Vaccination in the Punjab 1883-1896 - 1883-1896
Year: 1883
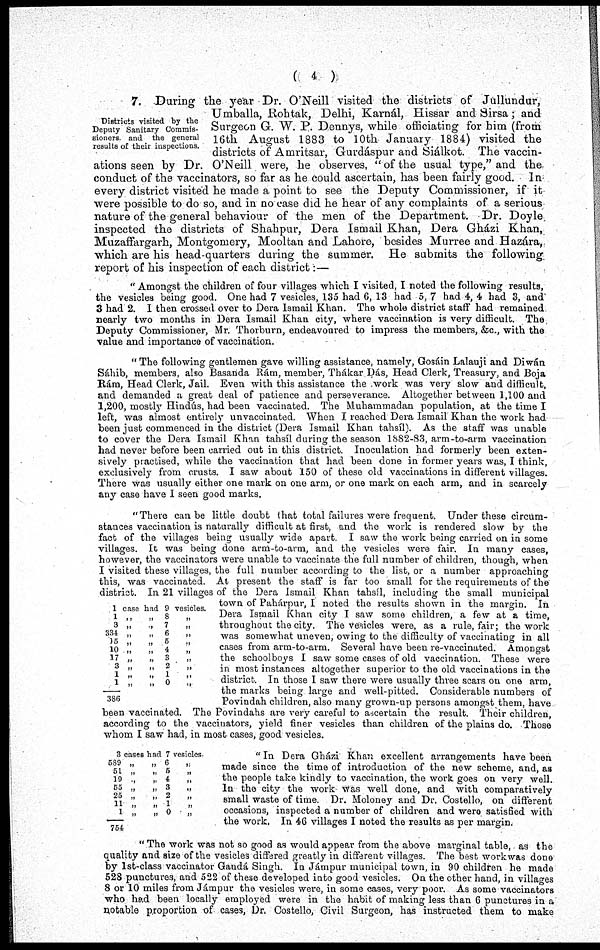
( 4 )
Districts visited by the
Deputy Sanitary Commis¬
sioners. and the general
results of their inspections.
7. During the year Dr. O'Neill visited the districts of Jullundur,
Umballa, Rohtak, Delhi, Karnál, Hissar and Sirsa; and
Surgeon G. W. P. Dennys, while officiating for him (from
16th August 1883 to 10th January 1884) visited the
districts of Amritsar, Gurdáspur and Siálkot. The vaccin-
ations seen by Dr. O'Neill were, he observes, "of the usual type," and the
conduct of the vaccinators, so far as he could ascertain, has been fairly good. In
every district visited he made a point to see the Deputy Commissioner, if it
were possible to do so, and in no case did he hear of any complaints of a serious
nature of the general behaviour of the men of the Department. Dr. Doyle
inspected the districts of Shahpur, Dera Ismail Khan, Dera Gházi Khan,
Muzaffargarh, Montgomery, Mooltan and Lahore, besides Murree and Hazára,
which are his head-quarters during the summer. He submits the following
report of his inspection of each district:—
" Amongst the children of four villages which I visited, I noted the following results,
the vesicles being good. One had 7 vesicles, 135 had 6, 13 had 5, 7 had 4, 4 had 3, and
3 had 2. I then crossed over to Dera Ismail Khan. The whole district staff had remained
nearly two months in Dera Ismail Khan city, where vaccination is very difficult. The
Deputy Commissioner, Mr. Thorburn, endeavoured to impress the members, &c., with the
value and importance of vaccination.
" The following gentlemen gave willing assistance, namely, Gosáin Lalauji and Diwán
Sáhib, members, also Basanda Rám, member, Thákar Dás, Head Clerk, Treasury, and Boja
Rám, Head Clerk, Jail. Even with this assistance the work was very slow and difficult,
and demanded a great deal of patience and perseverance. Altogether between 1,100 and
1,200, mostly Hindús, had been vaccinated. The Muhammadan population, at the time I
left, was almost entirely unvaccinated. When I reached Dera Ismail Khan the work had
been just commenced in the district (Dera Ismail Khan tahsíl). As the staff was unable
to cover the Dera Ismail Khan tahsíl during the season 1882-83, arm-to-arm vaccination
had never before been carried out in this district. Inoculation had formerly been exten-
sively practised, while the vaccination that had been done in former years was, I think,
exclusively from crusts. I saw about 150 of these old vaccinations in different villages.
There was usually either one mark on one arm, or one mark on each arm, and in scarcely
any case have I seen good marks.
1case had 9 vesicles.
1
3
334
15
10
17
3
1
1
386
„
„
8
„
„
„ 7
„
„
„
6
„
„
„ 5
„
„
„
4
„
„
„ 3
„
„
„
2
„
„
„
1
„
„
„ 0
„
"There can be little doubt that total failures were frequent. Under these circum-
stances vaccination is naturally difficult at first, and the work is rendered slow by the
fact of the villages being usually wide apart. I saw the work being carried on in some
villages. It was being done arm-to-arm, and the vesicles were fair. In many cases,
however, the vaccinators were unable to vaccinate the full number of children, though, when
I visited these villages, the full number according to the list, or a number approaching
this, was vaccinated. At present the staff is far too small for the requirements of the
district. In 21 villages of the Dera Ismail Khan tahsíl, including the small municipal
town of Pahárpur, I noted the results shown in the margin. In
Dera Ismail Khan city I saw some children, a few at a time,
throughout the city. The vesicles were, as a rule, fair; the work
was somewhat uneven, owing to the difficulty of vaccinating in all
cases from arm-to-arm. Several have been re-vaccinated. Amongst
the schoolboys I saw some cases of old vaccination. These were
in most instances altogether superior to the old vaccinations in the
district. In those I saw there were usually three scars on one arm,
the marks being large and well-pitted. Considerable numbers of
Povindah children, also many grown-up persons amongst them, have
been vaccinated. The Povindahs are very careful to ascertain the result. Their children,
according to the vaccinators, yield finer vesicles than children of the plains do. Those
whom I saw had, in most cases, good vesicles.
3 cases had 7 vesicles.
689
51
19
55
25
11
1
754
„
„
6
„
„
„
5
„
„
„ 4
„
„
„
3
„
„
„
2
„
„
„
1
„
„
„
0
„
" In Dera Gházi Khan excellent arrangements have been
made since the time of introduction of the new scheme, and, as
the people take kindly to vaccination, the work goes on very well.
In the city the work was well done, and with comparatively
small waste of time. Dr. Moloney and Dr. Costello, on different
occasions, inspected a number of children and were satisfied with
the work, In 46 villages I noted the results as per margin.
" The work was not so good as would appear from the above marginal table, as the
quality and size of the vesicles differed greatly in different villages. The best work was done
by 1st-class vaccinator Gandá Singh. In Jámpur municipal town, in 90 children he made
528 punctures, and 522 of these developed into good vesicles. On the other hand, in villages
8 or 10 miles from Jámpur the vesicles were, in some cases, very poor. As some vaccinators
who had been locally employed were in the habit of making less than 6 punctures in a
notable proportion of cases, Dr. Costello, Civil Surgeon, has instructed them to make